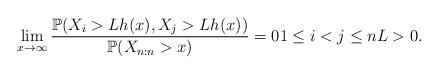
LaTeX: \begin{align*}\lim_{x\rightarrow \infty }\frac{\mathbb{P}(X_{i}>Lh(x),X_{j}>Lh(x))}{\mathbb{P}(X_{n:n}>x)}=01\leq i<j\leq nL>0.\end{align*}